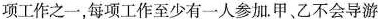
项工作之一，每项工作至少有一人参加。甲、乙不会导游